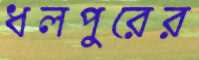
ধলপুরের